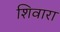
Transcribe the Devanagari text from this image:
शिवारा